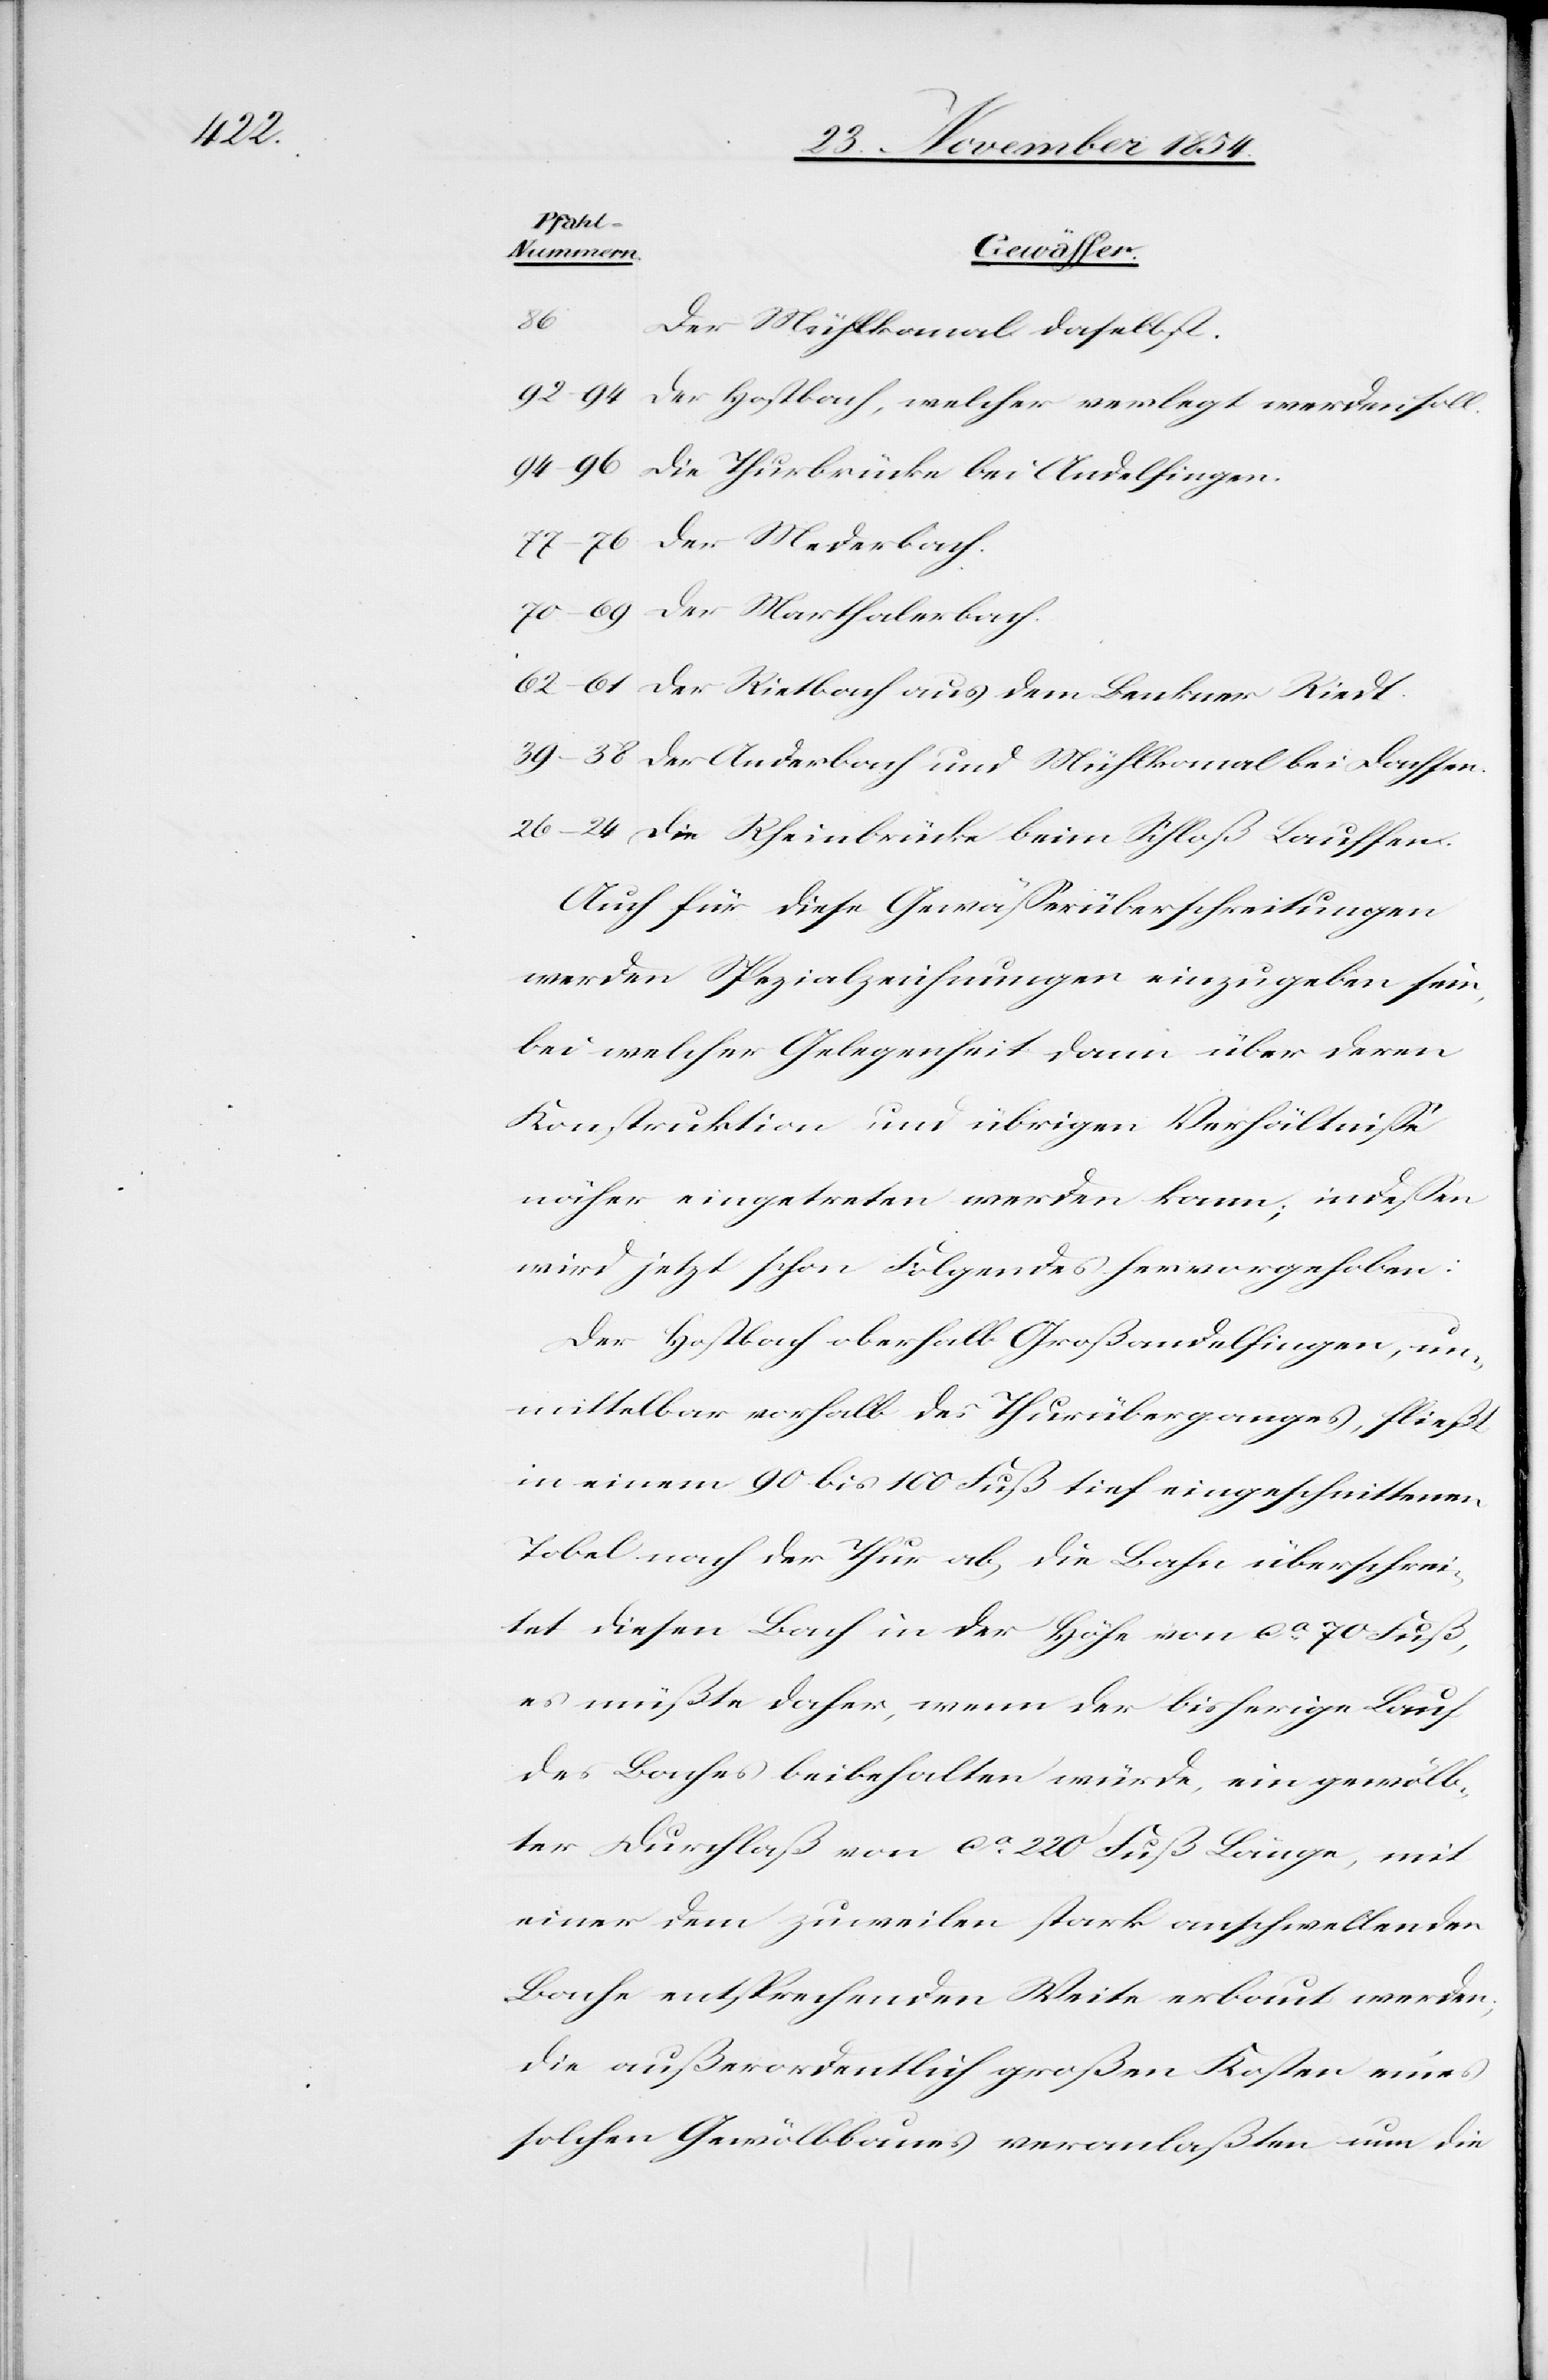
86

bach.
Der Mühlkanal daselbst.
Die Thurbrücke bei Andelfingen.
Der Rietbach aus dem Benkner Riedt.
Der Anderbach und Mühlkanal bei Dachsen.
Die Rheinbrücke beim Schloß Lauffen.
Auch für diese Gewäßerüberschreitungen
werden Spezialzeichnungen einzugeben sein,
bei welcher Gelegenheit dann über deren
Konstruktion und übrigen Verhältniße
näher eingetreten werden kann; indeßen
wird jetzt schon Folgendes hervorgehoben:
Der Hostbach oberhalb Großandelfingen, un¬
mittelbar vorhalb des Thurüberganges, fließt
in einem 90 bis 100 Fuß tief eingeschnittenen
Tobel nach der Thurab, die Bahn überschrei¬
tet diesen Bach in der Höhe von ca 70 Fuß,
es müßte daher, wenn der bisherige Lauf
des Baches beibehalten würde, ein gewölb¬
ter Durchlaß von ca 220 Fuß Länge, mit
einer dem zuweilen stark aufschwellenden
Bache entsprechenden Weite erbaut werden;
die außerordentlich großen Kosten eines
solches Gewölbbaues veranlaßten um die